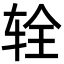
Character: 辁